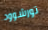
تورشوود